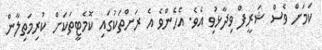
ކަމަށް ވެސް ޝަރީފް ވިދާޅުވި އެވެ. އެހެންވެ އެ ރަށްތަކުގައި ކޮމެޓީތަކަށް ކުރިމަތިލާން